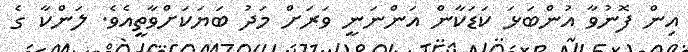
އިން ފޮނުވާ އުންބަޅަ ކަޑަކާން އަންނަނީ ވަރަށް މަދު ބަޔަކަށްވާތީއެވެ. ލަންކާ ގެ